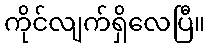
ကိုင်လျက်ရှိလေပြီ။